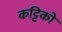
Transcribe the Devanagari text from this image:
कट्टिको